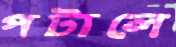
পটালে